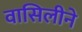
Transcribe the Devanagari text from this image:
वासिलीने